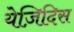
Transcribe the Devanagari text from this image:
येज़िदिस